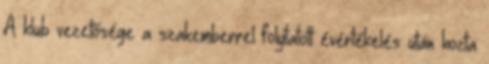
A klub vezetősége a szakemberrel folytatott évértékelés után hozta